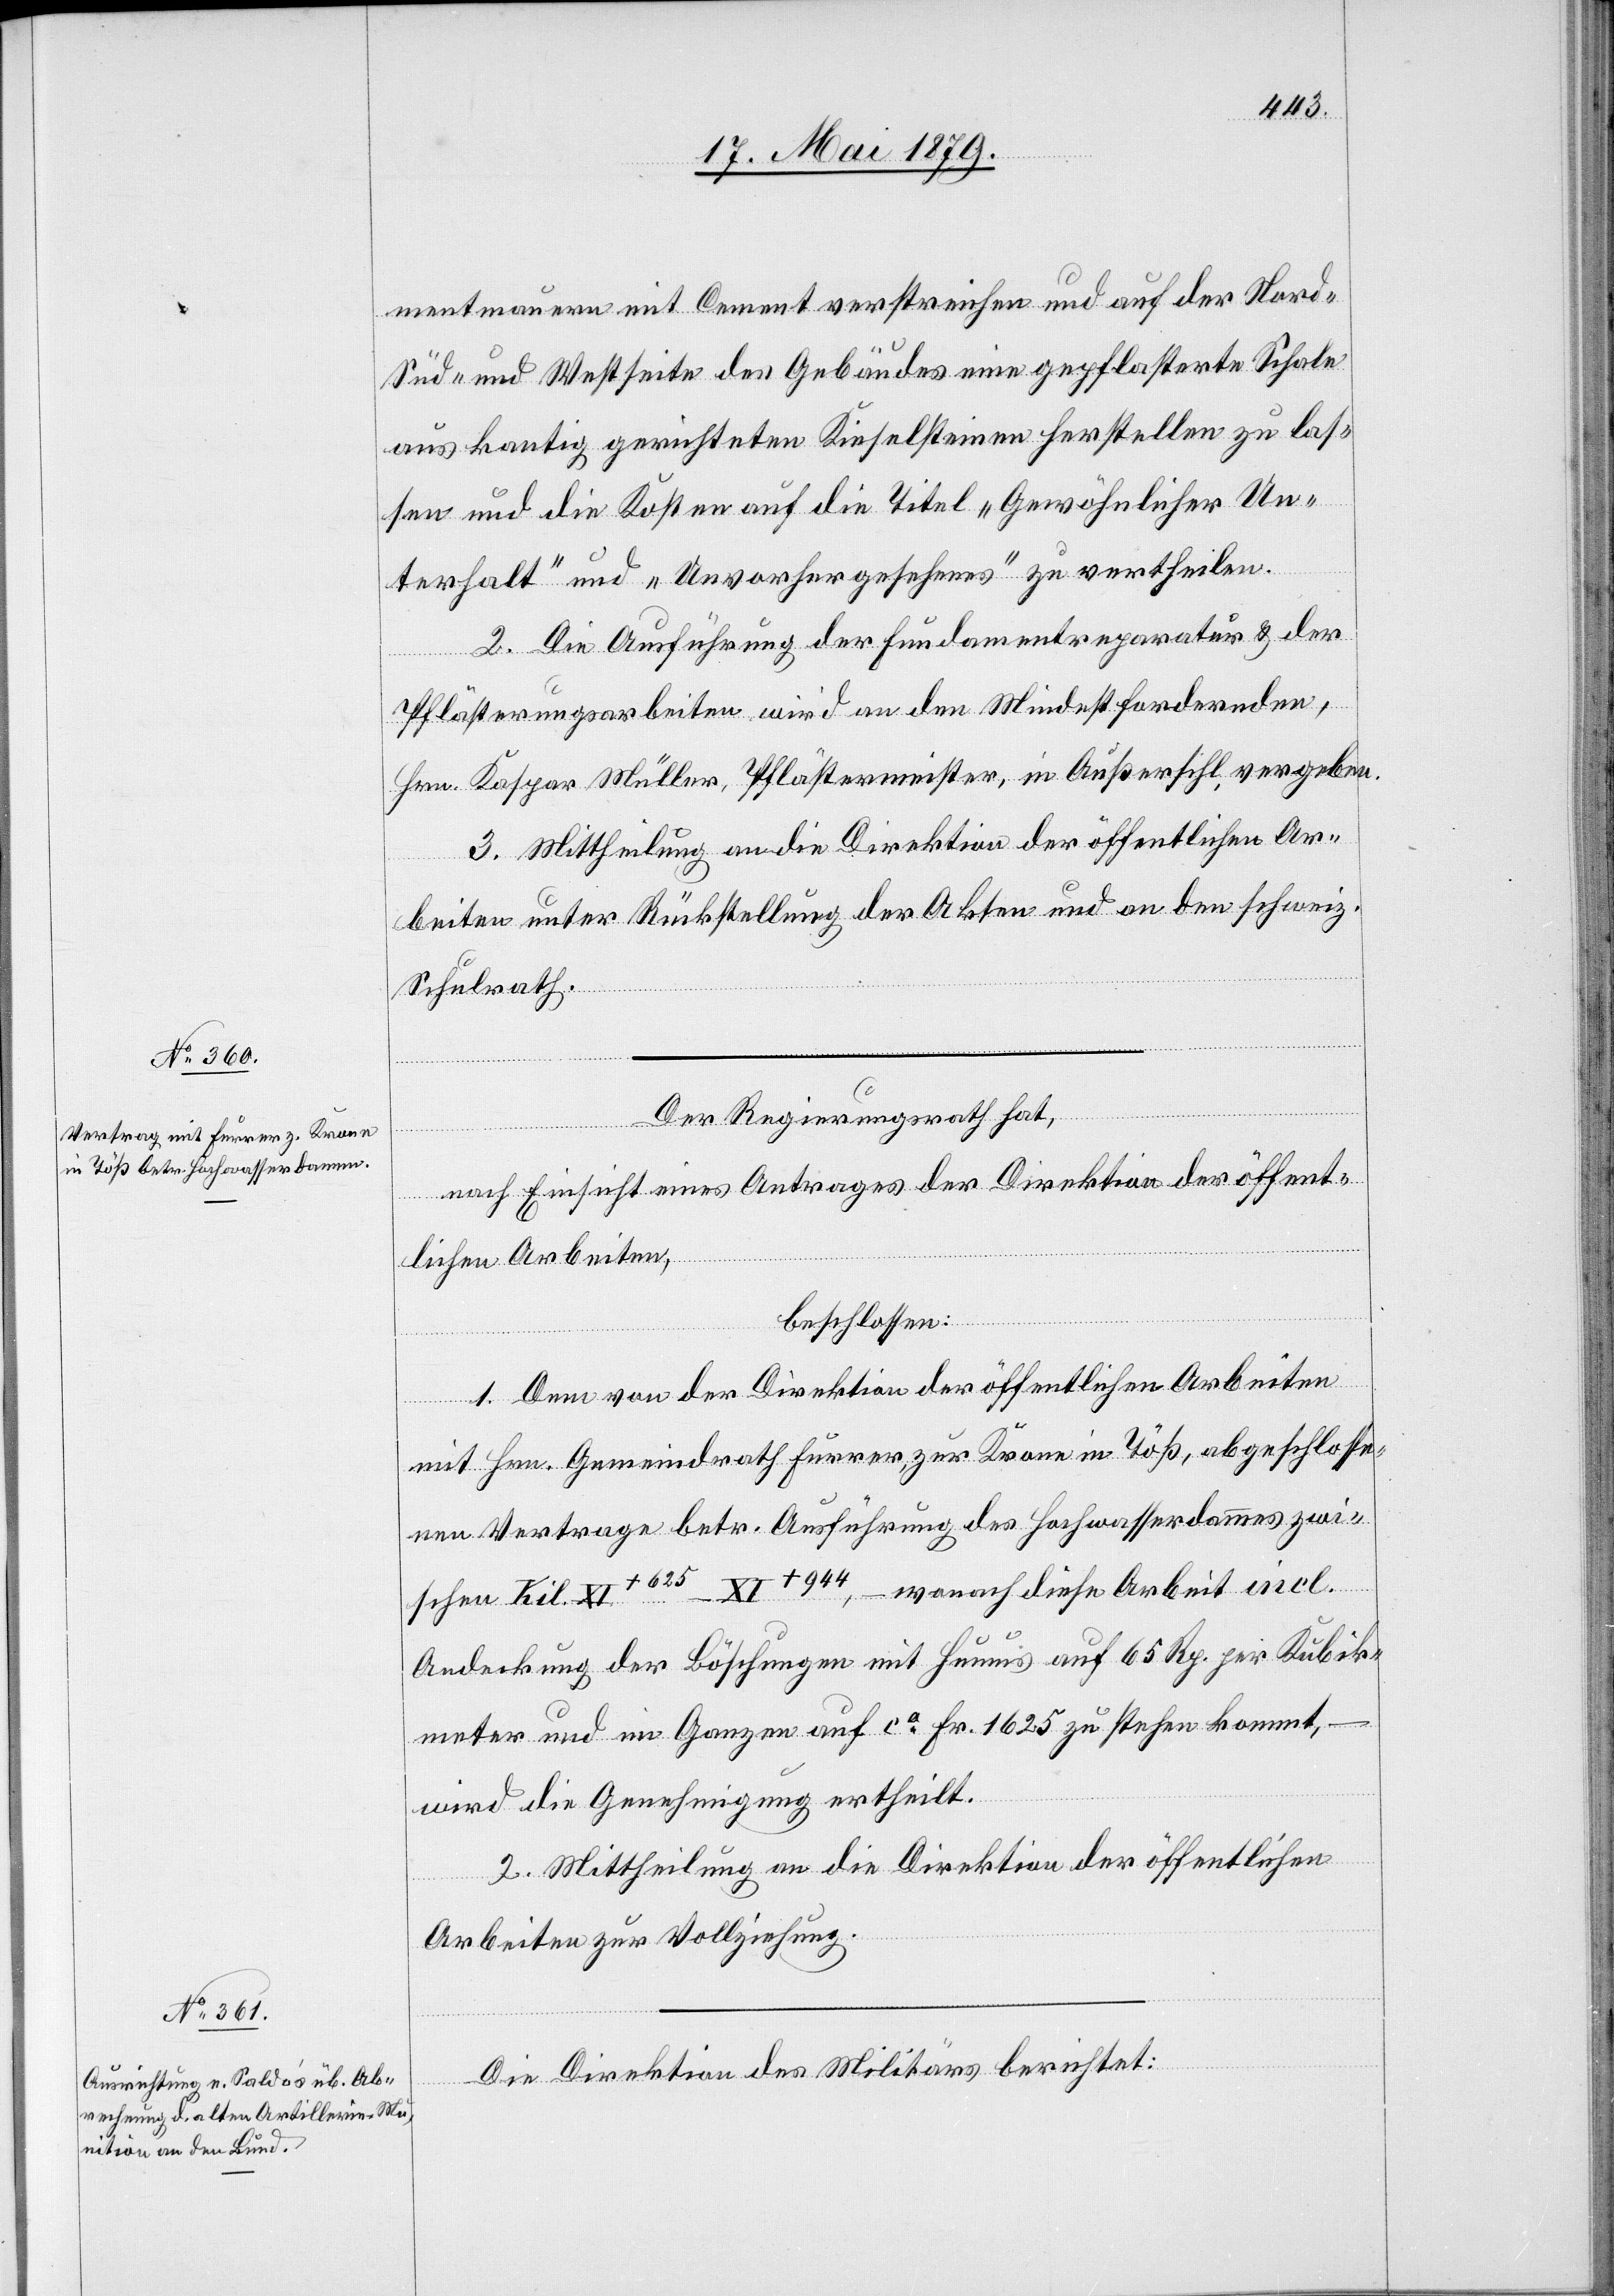
mentmauern mit Cement verstreichen und auf der Nord-
Süd- und Westseite des Gebäudes eine gepflasterte Schale
aus kantig gerichteten Kieselsteinen herstellen zu las¬
sen und die Kosten auf die Titel „Gewöhnlicher Un¬
terhalt“ und „Unvorhergesehenes“ zu vertheilen.
2. Die Ausführung der Fundamentreparatur & der
Pflästerungsarbeiten wird an den Mindestfordernden,
Hrn. Kaspar Müller, Pflästermeister, in Außersihl, vergeben.
3. Mittheilung an die Direktion der öffentlichen Ar¬
beiten unter Rückstellung der Akten und an den schweiz.
Schulrath.
Der Regierungsrath hat,
nach Einsicht eines Antrages der Direktion der öffent¬
lichen Arbeiten,
beschlossen:
1. Dem von der Direktion der öffentlichen Arbeiten
mit Hrn. Gemeindrath Furrer, zur Krone in Töß, abgeschlosse¬
nen Vertrage betr. Ausführung des Hochwasserdammes zwi¬
schen Kil. XI+625–XI+944, – wonach diese Arbeit incl.
Andeckung der Böschungen mit Humus auf 65 Rp. per Kubik¬
meter und im Ganzen auf ca Fr. 1625 zu stehen kommt,
wird die Genehmigung ertheilt.
2. Mittheilung an die Direktion der öffentlichen
Arbeiten zur Vollziehung.
Die Direktion des Militärs berichtet: